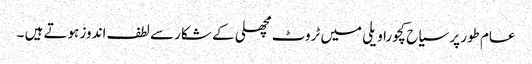
عام طور پر سیاح کچورا ویلی میں ٹروٹ مچھلی کے شکار سے لطف اندوز ہوتے ہیں ۔